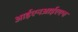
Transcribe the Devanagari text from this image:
आईएनआईएएच